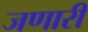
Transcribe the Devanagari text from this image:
जणारी